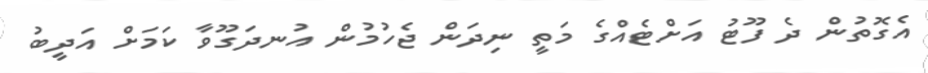
އެގޮތުން ދެ ފޫޓު އަށްޓެއްގެ މަތީ ނިދަން ޖެހުމުން އުނދަގޫވާ ކަމަށް އަދީބު